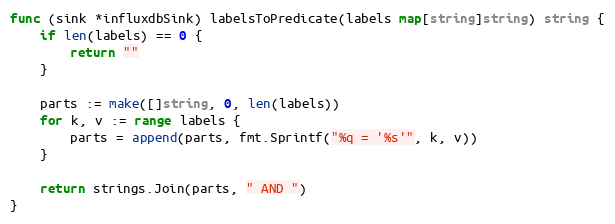
Language: Go
func (sink *influxdbSink) labelsToPredicate(labels map[string]string) string {
	if len(labels) == 0 {
		return ""
	}

	parts := make([]string, 0, len(labels))
	for k, v := range labels {
		parts = append(parts, fmt.Sprintf("%q = '%s'", k, v))
	}

	return strings.Join(parts, " AND ")
}